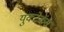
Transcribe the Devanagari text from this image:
युक्टेकंस